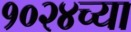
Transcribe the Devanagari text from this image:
१०२४च्या